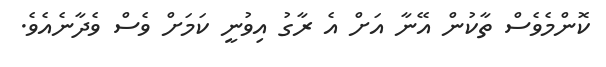
ކޮންމެވެސް ތާކުން އޭނާ އަށް އެ ރާގު އިވުނީ ކަމަށް ވެސް ވެދާނެއެވެ.